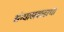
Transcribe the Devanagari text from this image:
संन्यासवादाचा